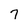
Character: 7